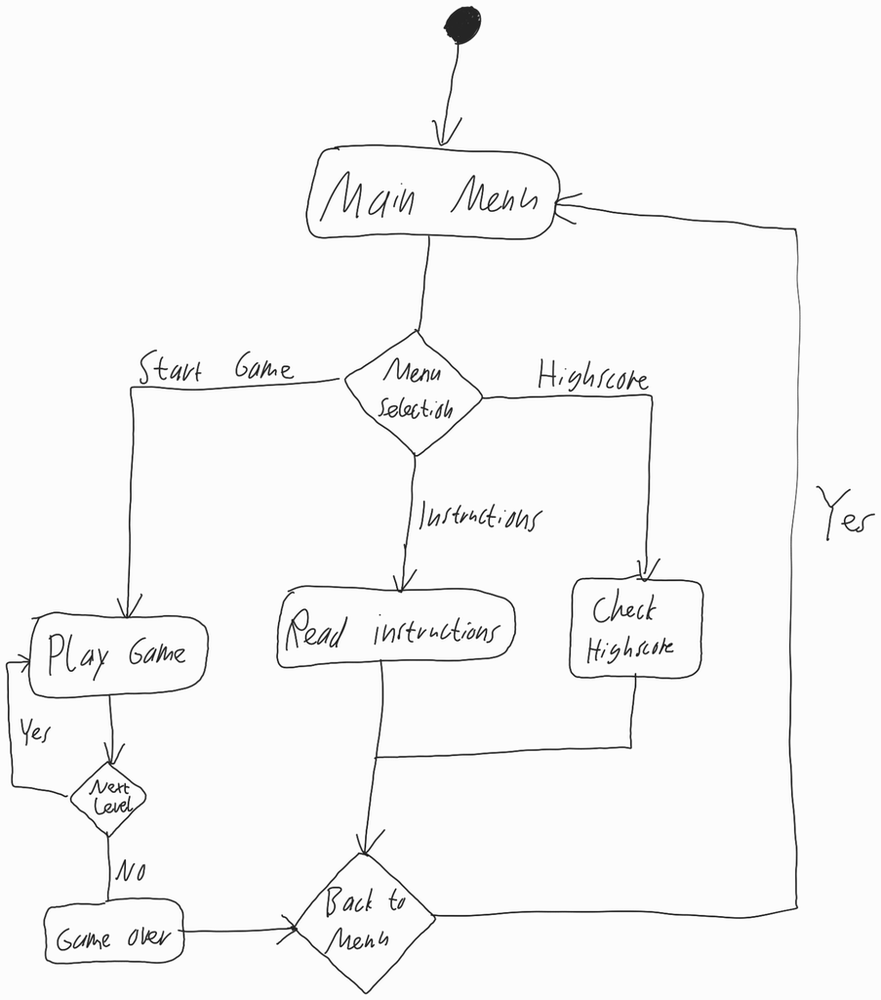
Diagram type: activity_diagram
```plantuml
@startuml

start

repeat:Main Menu;
  switch (Menu Selection)

    case (Start Game)
      repeat:Play Game;
      repeat while (Next Level) is (Yes) not (No)

      :Game Over;

    case (Instructions)
      :Read instructions;

    case (Highscore)
      :Check Highscore;

  endswitch
repeat while (Back to Menu) is (Yes)

@enduml
```